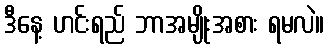
ဒီနေ့ ဟင်းရည် ဘာအမျိုးအစား ရမလဲ။